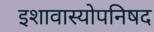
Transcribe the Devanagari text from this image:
इशावास्योपनिषद